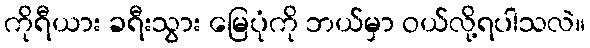
ကိုရီယား ခရီးသွား မြေပုံကို ဘယ်မှာ ဝယ်လို့ရပါသလဲ။